Problem: 48 ÷ 6 = ?
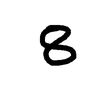
Handwritten answer: 8